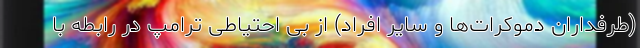
(طرفداران دموکرات‌ها و سایر افراد) از بی احتیاطی ترامپ در رابطه با